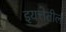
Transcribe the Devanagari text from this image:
इयत्तेतील